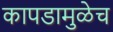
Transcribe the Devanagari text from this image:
कापडामुळेच